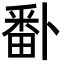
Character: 𭻣